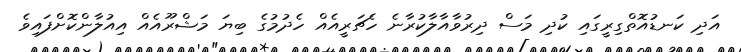
އަދި ކަނޑުއޮތްގިރީގައި ކުދި މަސް ދިރުވާއާލާކުރާނެ ހެޗަރީއެއް ހެދުމުގެ ބިޔަ މަޝްރޫއެއް އިއުލާންކޮށްފައިވެ